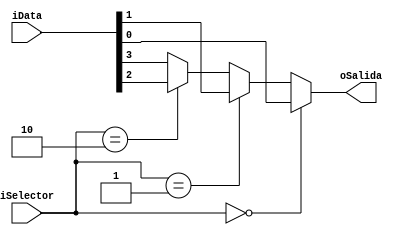
module Multi4al(
	input [3:0] iData,
	input [1:0] iSelector,
	output oSalida

);

reg rSalida;

assign oSalida = rSalida;

always @ *
begin
	if(iSelector == 2'b00)
	begin
		rSalida = iData[0];
	end
	else if(iSelector == 2'b01)
	begin 
		rSalida = iData[1];
	end
	else if(iSelector == 2'b10)
	begin
		rSalida = iData[2];
	end
	else
	begin
		rSalida = iData[3];
	end
end


endmodule